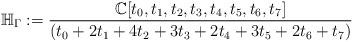
LaTeX: \begin{align*}\mathbb{H}_{\Gamma}:=\frac{\mathbb{C}[t_0,t_1,t_2,t_3,t_4,t_5,t_6,t_7]}{(t_0+2t_1+4t_2+3t_3+2t_4+3t_5+2t_6+ t_7)}\end{align*}